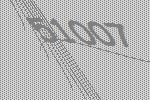
51007